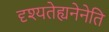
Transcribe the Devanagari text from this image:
दृश्यतेह्यनेनेति